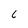
Character: 6